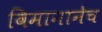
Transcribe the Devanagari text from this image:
विमानानेच